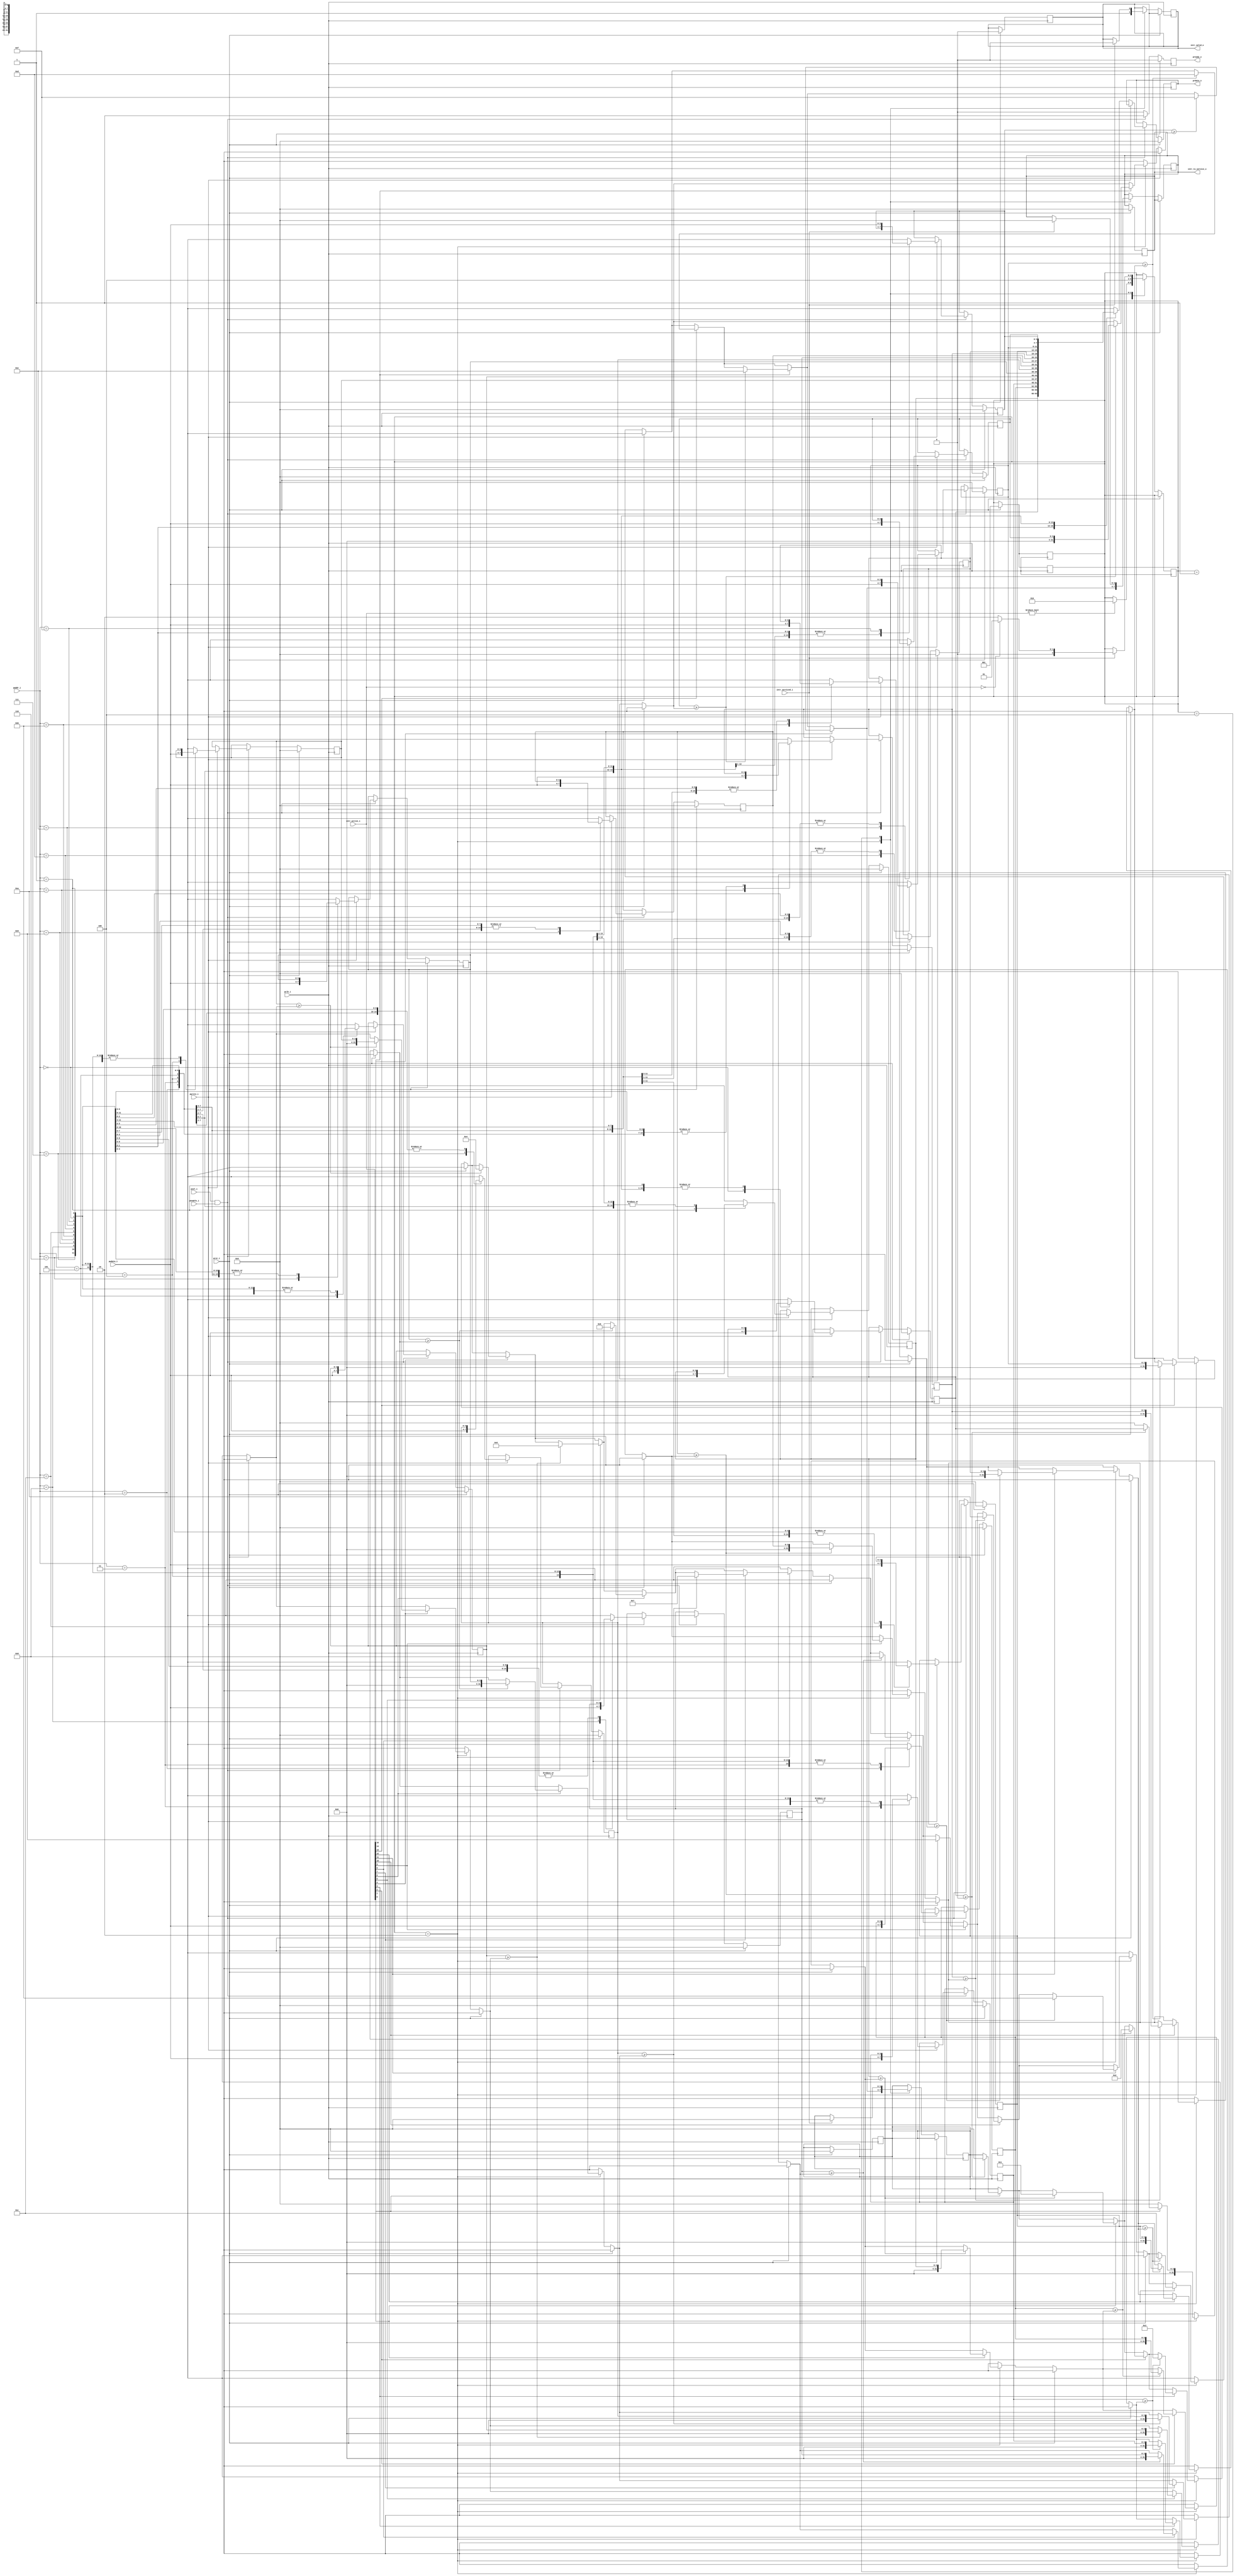
module intr_ctrl(

 //Processor interface

pclk_i, prst_i, paddr_i, pwdata_i, prdata_o, pwrite_i, psel_i, penable_i, pready_o, intr_to_service_o, intr_valid_o, intr_serviced_i,intr_active_i );

 //Peripheral interface 6 intr_active_i

 

 parameter NUM_INTR=16;
 parameter WIDTH=$clog2(NUM_INTR);
 parameter S_NOINTR=3'b001;
parameter S_INTR_ACT=3'b010;
parameter S_WAITING=3'b100;




input pclk_i, prst_i, pwrite_i, psel_i, penable_i;

input [WIDTH-1:0] paddr_i, pwdata_i;

output reg [WIDTH-1:0] prdata_o;

output reg pready_o;

output reg [WIDTH-1:0] intr_to_service_o;

output reg intr_valid_o;

input intr_serviced_i;

input [NUM_INTR-1:0] intr_active_i;

integer i;
reg [2:0] ns,state;
integer highest_prio;
reg [3:0] intr_with_highest_prio;

//registers

reg [WIDTH-1:0] priority_regA [NUM_INTR-1:0];

always @(posedge pclk_i)begin
if(prst_i==1)begin
	prdata_o=0;
	pready_o=0;
	intr_to_service_o=0;
	intr_valid_o=0;
	state=S_NOINTR;
	ns=S_NOINTR;
	intr_with_highest_prio=0;
	highest_prio=0;

	for(i=0;i<NUM_INTR;i=i+1) priority_regA[i]=0;
end

else begin
	//pready_o=0;
	if(psel_i==1 && penable_i==1)begin

	pready_o=1;
	if(pwrite_i==1)begin
		priority_regA[paddr_i]=pwdata_i;
	end

	else begin
		prdata_o=priority_regA[paddr_i];


	end
	end

	else begin
		pready_o=0;
	end
end
end

always @(posedge pclk_i)begin
	if(prst_i!=1)begin
		case(state)
		S_NOINTR: begin
			if(intr_active_i!=0)begin
				ns=S_INTR_ACT;
			end
		end
		S_INTR_ACT:  begin
			highest_prio=0;

			for(i=0;i<NUM_INTR;i=i+1)begin
				if(intr_active_i[i]==1)begin
					if(priority_regA[i]>=highest_prio)begin
					highest_prio=priority_regA[i];
					intr_with_highest_prio=i;			
					end
				end
			end
			intr_to_service_o=intr_with_highest_prio;
			intr_valid_o=1;
			ns=S_WAITING;
		end

		S_WAITING:begin
			if(intr_serviced_i==1)begin
				intr_to_service_o=0;
				intr_valid_o=0;
				intr_with_highest_prio=0;
				highest_prio=0;
				if(intr_active_i==0)begin
					ns=S_NOINTR;
				end
				else begin
					ns=S_INTR_ACT;
				end
			end
		end
			
	endcase	
	end
end

always @(ns) state=ns;


endmodule